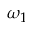
\omega _ { 1 }